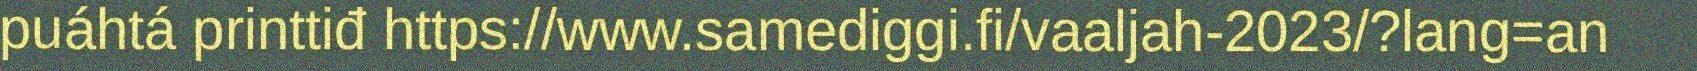
puáhtá printtiđ https://www.samediggi.fi/vaaljah-2023/?lang=an